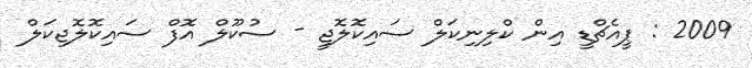
2009 : ޕީއެޗްޑީ އިން ކްލިނިކަލް ސައިކޮލޮޖީ - ސުކޫލް އޮފް ސައިކޮލޮޖިކަލް